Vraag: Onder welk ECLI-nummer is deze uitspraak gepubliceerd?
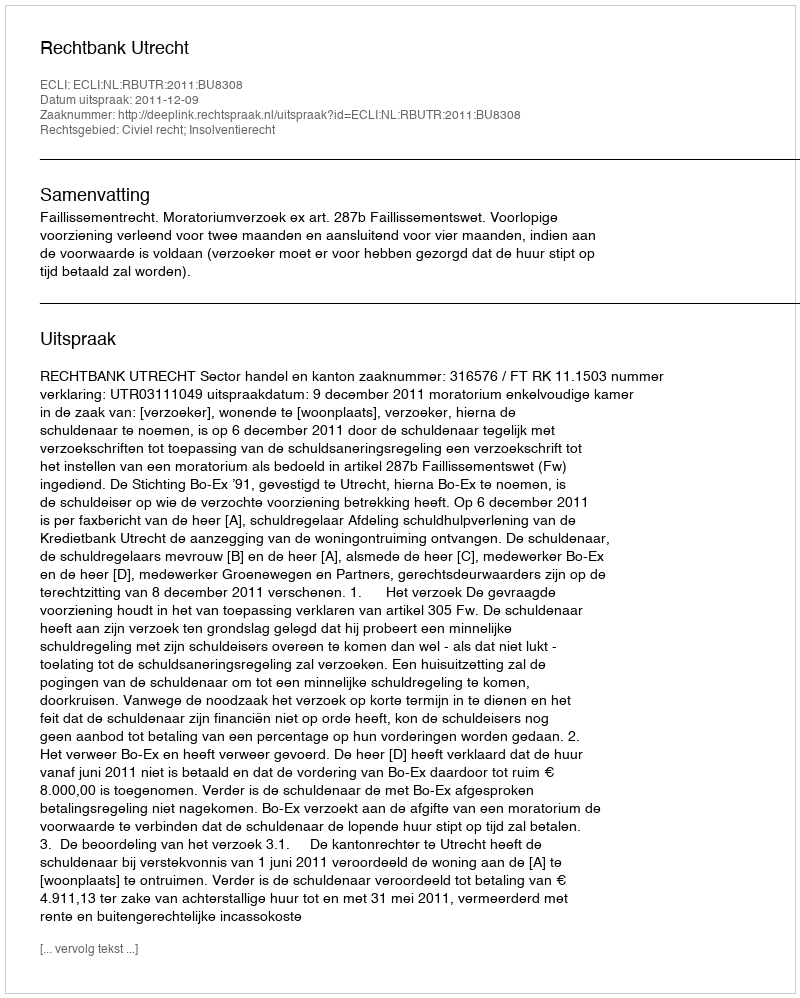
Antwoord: ECLI:NL:RBUTR:2011:BU8308